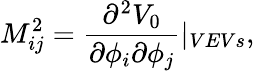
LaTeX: M_{ij}^{2}=\frac{\partial^{2}V_{0}}{\partial\phi_{i}\partial\phi_{j}}|_{VEVs},